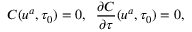
C ( u ^ { a } , \tau _ { 0 } ) = 0 , \; \; \frac { \partial C } { \partial \tau } ( u ^ { a } , \tau _ { 0 } ) = 0 ,